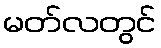
မတ်လတွင်